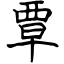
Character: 覃